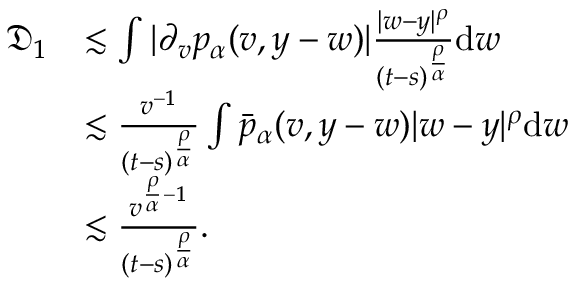
\begin{array} { r l } { \mathfrak { D } _ { 1 } } & { \lesssim \int | \partial _ { v } p _ { \alpha } ( v , y - w ) | \frac { | w - y | ^ { \rho } } { ( t - s ) ^ { \frac { \rho } { \alpha } } } \mathrm { d } w } \\ & { \lesssim \frac { v ^ { - 1 } } { ( t - s ) ^ { \frac { \rho } { \alpha } } } \int \bar { p } _ { \alpha } ( v , y - w ) | w - y | ^ { \rho } \mathrm { d } w } \\ & { \lesssim \frac { v ^ { \frac { \rho } { \alpha } - 1 } } { ( t - s ) ^ { \frac { \rho } { \alpha } } } . } \end{array}